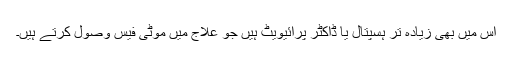
اس میں بھی زیادہ تر ہسپتال یا ڈاکٹر پرائیویٹ ہیں جو علاج میں موٹی فیس وصول کرتے ہیں۔